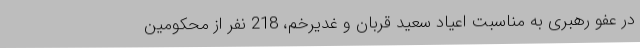
در عفو رهبری به مناسبت اعیاد سعید قربان و غدیرخم، 218 نفر از محکومین